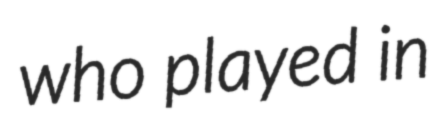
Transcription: who played in